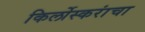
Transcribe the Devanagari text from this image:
किर्लोस्करांचा